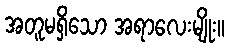
အတူမရှိသော အရာလေးမျိုး။